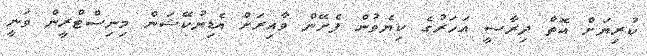
ކުރިޔަށް އޮތް ދިރާސީ އަހަރުގެ ކިޔެވުން ފެށޭން ވާއިރަށް އެޑިޔުކޭޝަން މިނިސްޓްރީން ވަނީ